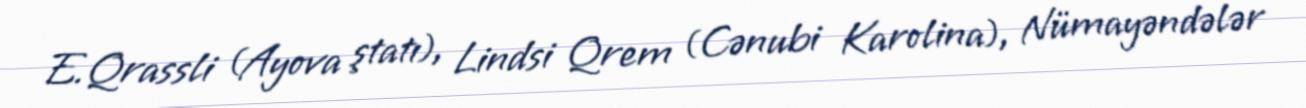
E.Qrassli (Ayova ştatı), Lindsi Qrem (Cənubi Karolina), Nümayəndələr